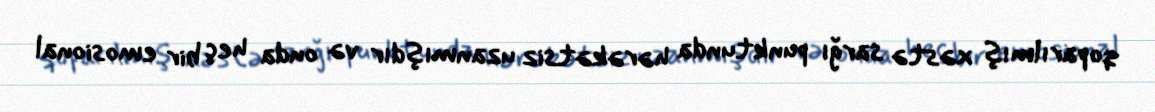
qoparılmış xəstə sarğı punktunda hərəkətsiz uzanmışdır və onda heç bir emosional